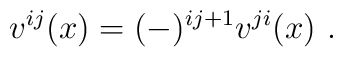
v^{ij}(x)=(-)^{ij+1}v^{ji}(x) \ .